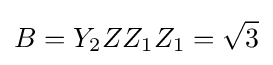
B=Y_{2}ZZ_{1}Z_{1}={\sqrt {3}}